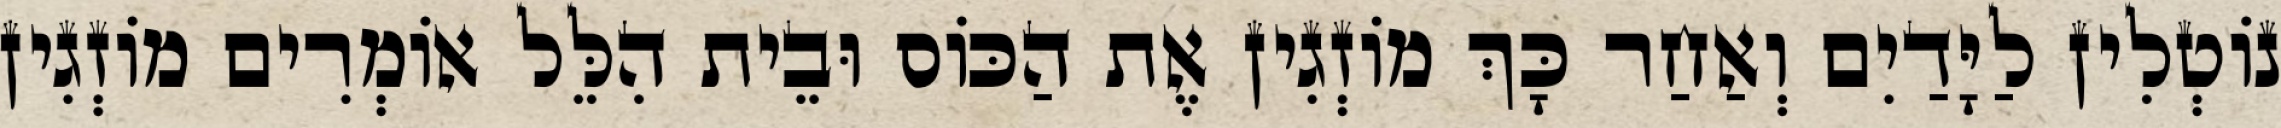
נוֹטְלִין לַיָּדַיִם וְאַחַר כָּךְ מוֹזְגִין אֶת הַכּוֹס וּבֵית הִלֵּל אוֹמְרִים מוֹזְגִין